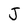
Character: J